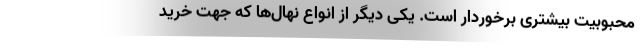
محبوبیت بیشتری برخوردار است. یکی دیگر از انواع نهال‌ها که جهت خرید